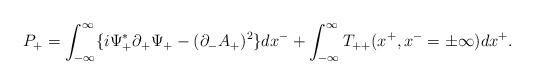
\begin{align*}P_+=\int_{-{\infty }}^{\infty}\{ i{\Psi}_+^{\ast }{\partial}_+{\Psi}_+-({\partial}_-A_+)^2 \}dx^- +\int_{-{\infty}}^{\infty}T_{++}(x^+,x^-={\pm}{\infty})dx^+. \end{align*}